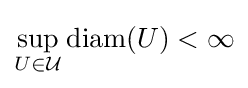
\sup _{U\in {\mathcal {U}}}\operatorname {diam} (U)<\infty